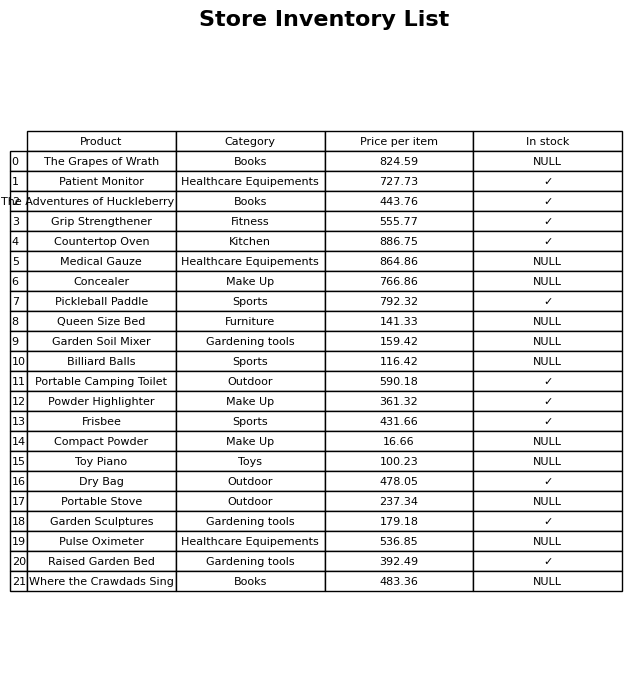
question: What is the price for Grip Strengthener?
answer: The price of Grip Strengthener is 555.77.